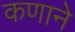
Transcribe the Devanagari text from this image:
कणाने